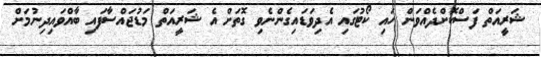
ޝަރީއަތް ފަސްކޮށްދެއްވަން ހައި ކޯޓުގައި އެދިވަޑައިގެންނެވި ގޮތަށް އެ ޝަރީއަތް މަޑުޖައްސާފައި ބާއްވައިދިނުމަށް